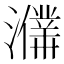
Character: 𤃙